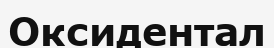
Оксидентал